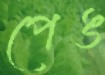
পেঙ